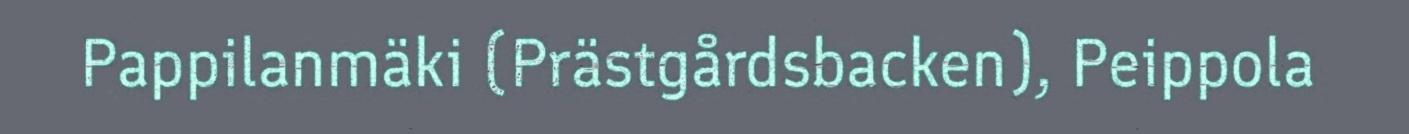
Pappilanmäki (Prästgårdsbacken), Peippola